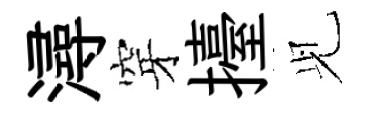
潯穿擡𫤗